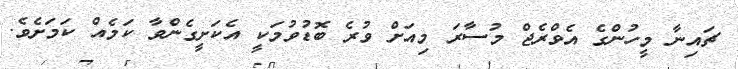
ޗައިނާ މީހުންގެ އެވްރެޖް މުސާރަ މިއަށް ވުރެ ބޮޑުވުމަކީ އެކަށީގެންވާ ކަމެއް ކަމަށެވެ.